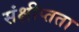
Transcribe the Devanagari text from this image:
संक्षीप्तता